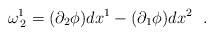
\begin{align*}\omega^{1}_{\: 2} = (\partial_2 \phi)dx^1 - (\partial_1 \phi)dx^2~~.\end{align*}